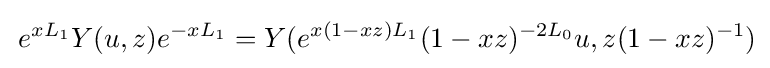
\,e^{xL_{1}}Y(u,z)e^{-xL_{1}}=Y(e^{x(1-xz)L_{1}}(1-xz)^{-2L_{0}}u,z(1-xz)^{-1})